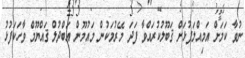
ނުވާ ކަމަށް އަމިއްލަފުޅަށް ޤަބޫލުކުރައްވާ ފަދަ މޭރުމަކުން މައުމޫން އަބްދުލް ޤައްޔޫމް ވާހަކަފުޅު